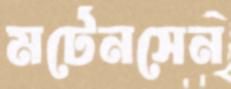
মর্টেনসেন